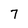
Character: 7